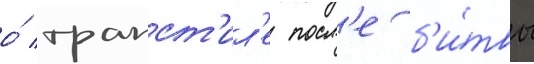
о́ трапст'ил'е посл'е б'и́твы